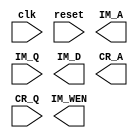
module DPA (clk,reset,IM_A, IM_Q,IM_D,IM_WEN,CR_A,CR_Q);
input clk;
input reset;
output [19:0] IM_A;
input [23:0] IM_Q;
output [23:0] IM_D;
output IM_WEN;
output [8:0] CR_A;
input [12:0] CR_Q;


endmodule